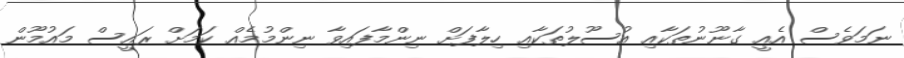
ނަމަވެސް އެއީ ގާނޫނުތަކާއި އުސޫލުތަކާއި ހިލާފަށް ނިންމާފައިވާ ނިންމުމެއް ކަމަށް ރައީސް މައުމޫން